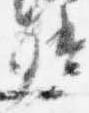
督